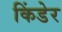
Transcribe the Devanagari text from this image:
किंडेर